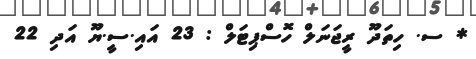
* ސ. ހިތަދޫ ރީޖަނަލް ހޮސްޕިޓަލް : 23 އައި.ސީ.ޔޫ އަދި 22